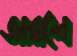
জারলে